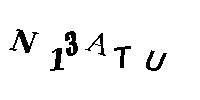
N13ATU